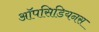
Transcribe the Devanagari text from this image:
ऑपसिडियनस